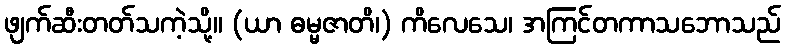
ဖျက်ဆီးတတ်သကဲ့သို့။ (ယာ ဓမ္မဇာတိ၊) ကိလေသေ၊ အကြင်တကာသဘောသည်